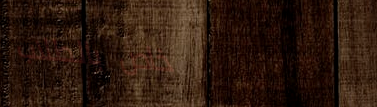
خاص بالطلاب